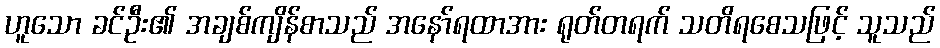
ဟူသော ခင်ဦး၏ အချစ်ကျိန်စာသည် အနော်ရထာအား ရုတ်တရက် သတိရစေသဖြင့် သူသည်